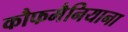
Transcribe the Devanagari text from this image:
कौफमैनियाना